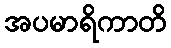
အပမာရိကာတိ